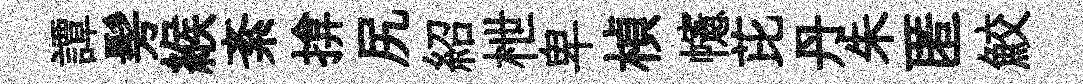
譚髣緱紊揜尻紹枻卑楨幰芘丹朱匿鮫